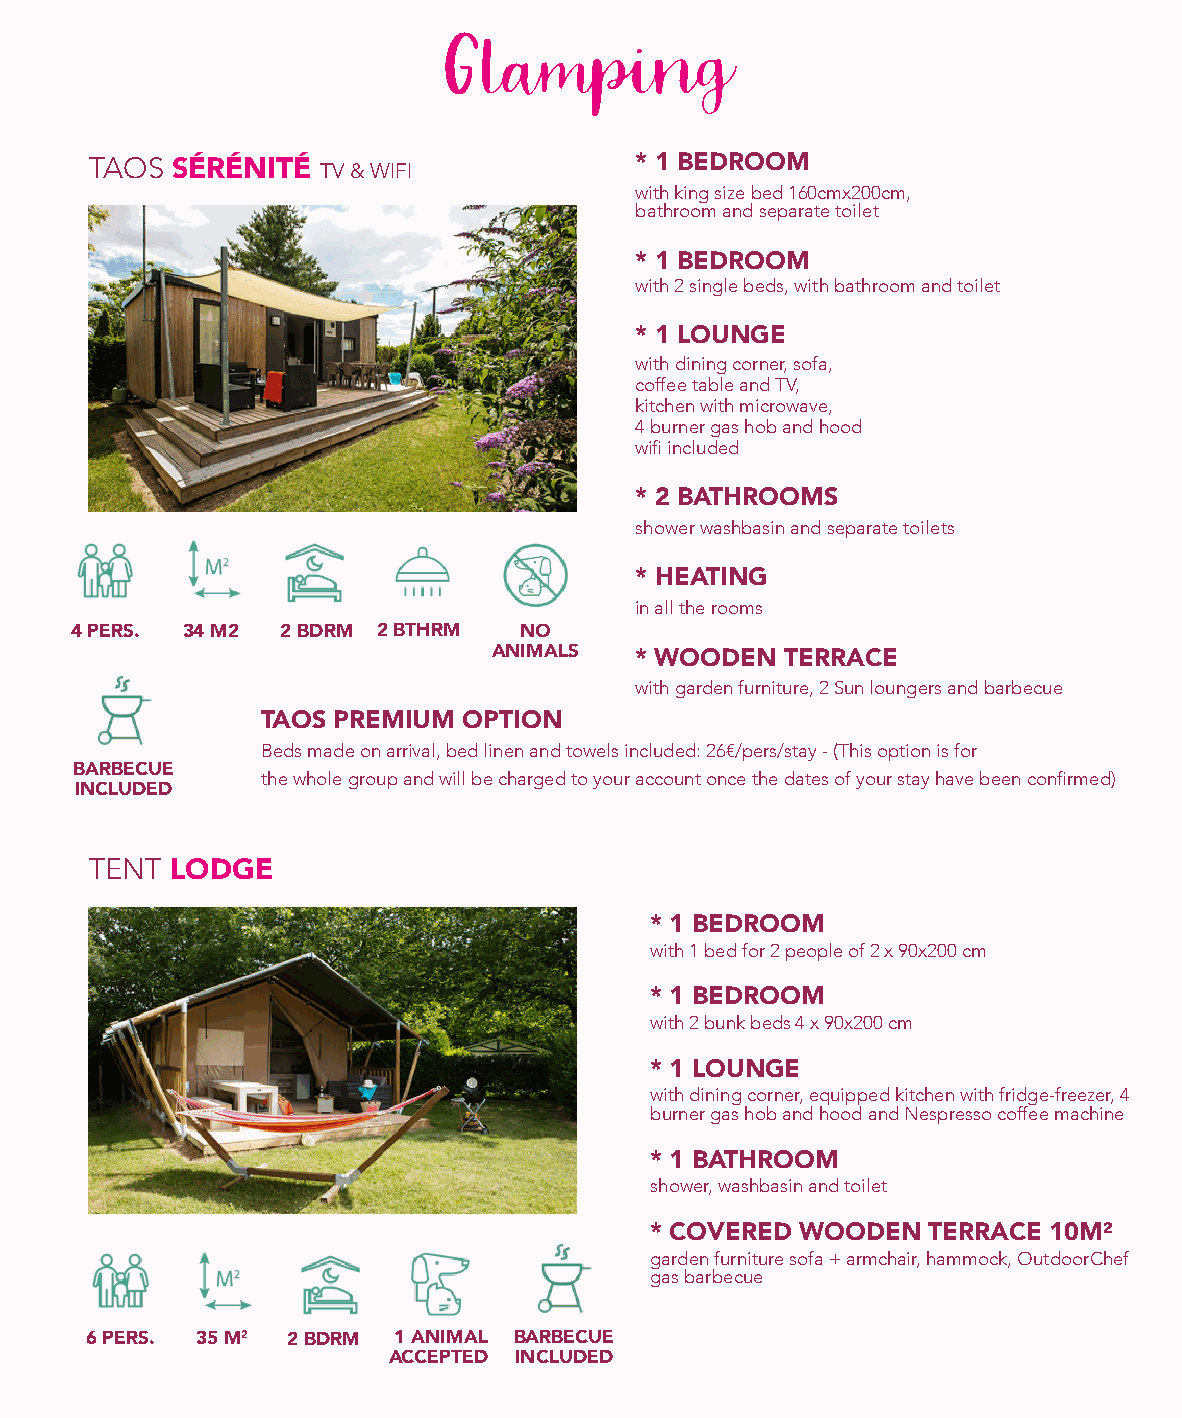
TAOS SÉRÉNITÉ  TV & WIFI            * 1 BEDROOM
 with king size bed 160cmx200cm,
 bathroom and separate toilet
 * 1 BEDROOM
 with 2 single beds, with bathroom and toilet
 * 1 LOUNGE
 with dining corner, sofa,
 coffee table and TV,
 kitchen with microwave,
 4 burner gas hob and hood
 wifi included
 * 2 BATHROOMS
 shower washbasin and separate toilets
 * HEATING
 in all the rooms
 4 PERS. 34 M2 2 BDRM 2 BTHRM NO
 ANIMALS  * WOODEN  TERRACE
 with garden furniture, 2 Sun loungers and barbecue
 TAOS PREMIUM  OPTION
 Beds made on arrival, bed linen and towels included: 26€/pers/stay - (This option is for
 BARBECUE
 the whole group and will be charged to your account once the dates of your stay have been confirmed)
 INCLUDED
 TENT LODGE
 * 1 BEDROOM
 with 1 bed for 2 people of 2 x 90x200 cm
 * 1 BEDROOM
 with 2 bunk beds 4 x 90x200 cm
 * 1 LOUNGE
 with dining corner, equipped kitchen with fridge-freezer, 4
 burner gas hob and hood and Nespresso coffee machine
 * 1 BATHROOM
 shower, washbasin and toilet
 * COVERED WOODEN  TERRACE 10M²
 garden furniture sofa + armchair, hammock, OutdoorChef
 gas barbecue
 6 PERS. 35 M2 2 BDRM 1 ANIMAL BARBECUE
 ACCEPTED INCLUDED